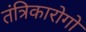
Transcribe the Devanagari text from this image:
तंत्रिकारोगों